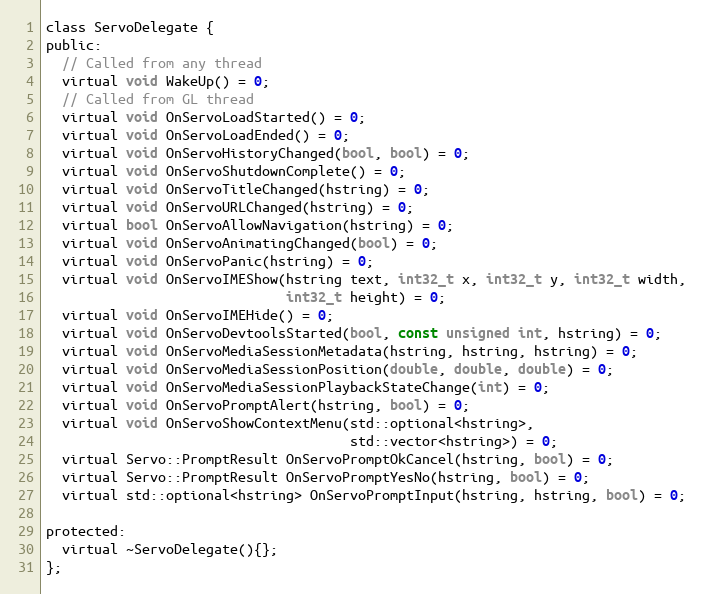
Language: C
class ServoDelegate {
public:
  // Called from any thread
  virtual void WakeUp() = 0;
  // Called from GL thread
  virtual void OnServoLoadStarted() = 0;
  virtual void OnServoLoadEnded() = 0;
  virtual void OnServoHistoryChanged(bool, bool) = 0;
  virtual void OnServoShutdownComplete() = 0;
  virtual void OnServoTitleChanged(hstring) = 0;
  virtual void OnServoURLChanged(hstring) = 0;
  virtual bool OnServoAllowNavigation(hstring) = 0;
  virtual void OnServoAnimatingChanged(bool) = 0;
  virtual void OnServoPanic(hstring) = 0;
  virtual void OnServoIMEShow(hstring text, int32_t x, int32_t y, int32_t width,
                              int32_t height) = 0;
  virtual void OnServoIMEHide() = 0;
  virtual void OnServoDevtoolsStarted(bool, const unsigned int, hstring) = 0;
  virtual void OnServoMediaSessionMetadata(hstring, hstring, hstring) = 0;
  virtual void OnServoMediaSessionPosition(double, double, double) = 0;
  virtual void OnServoMediaSessionPlaybackStateChange(int) = 0;
  virtual void OnServoPromptAlert(hstring, bool) = 0;
  virtual void OnServoShowContextMenu(std::optional<hstring>,
                                      std::vector<hstring>) = 0;
  virtual Servo::PromptResult OnServoPromptOkCancel(hstring, bool) = 0;
  virtual Servo::PromptResult OnServoPromptYesNo(hstring, bool) = 0;
  virtual std::optional<hstring> OnServoPromptInput(hstring, hstring, bool) = 0;

protected:
  virtual ~ServoDelegate(){};
};